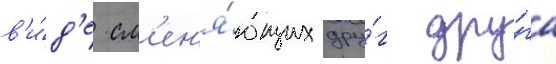
в'и́д'е см'ен'я́ющих дру́г дру́га